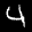
Label: 4